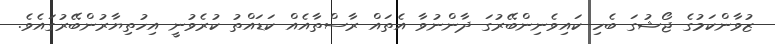
ޒުވާންކަމުގެ ޖޯޝުގަ ބެހި ކައިވެނިންބޭރުގަ ދާންނުވާ އެތައް ރާސްތާއެއް ކަަޑައްތު ކުރެވުނީ އިހުތިޔާރުންބޭރުގައެވެ.